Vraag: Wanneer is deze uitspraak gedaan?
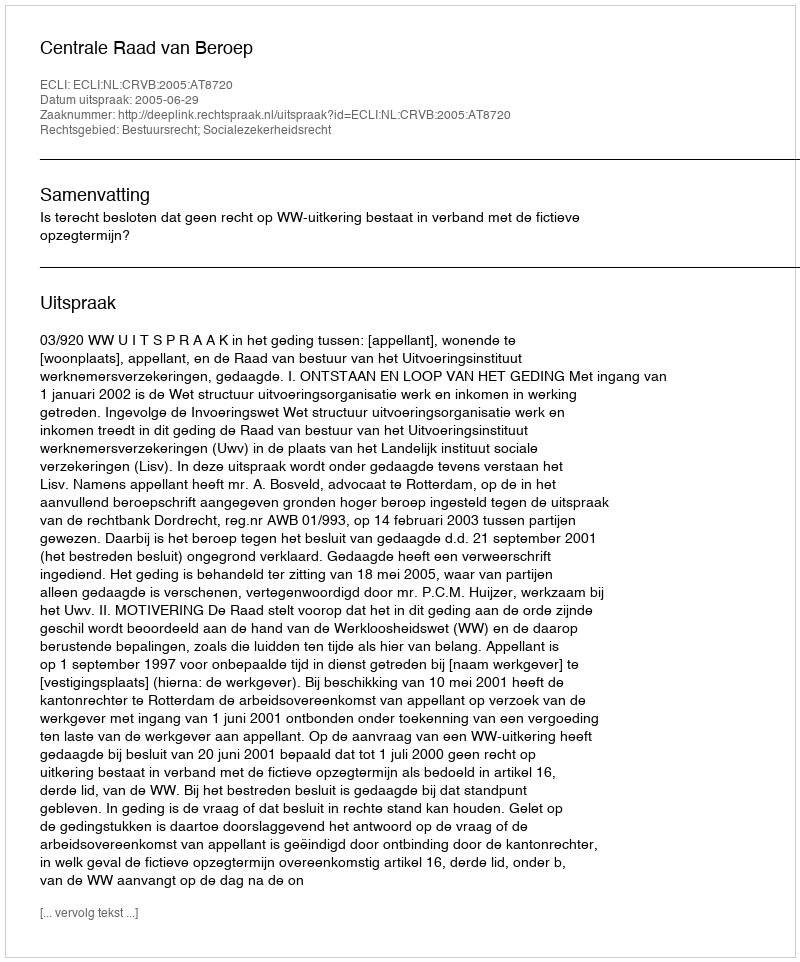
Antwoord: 2005-06-29